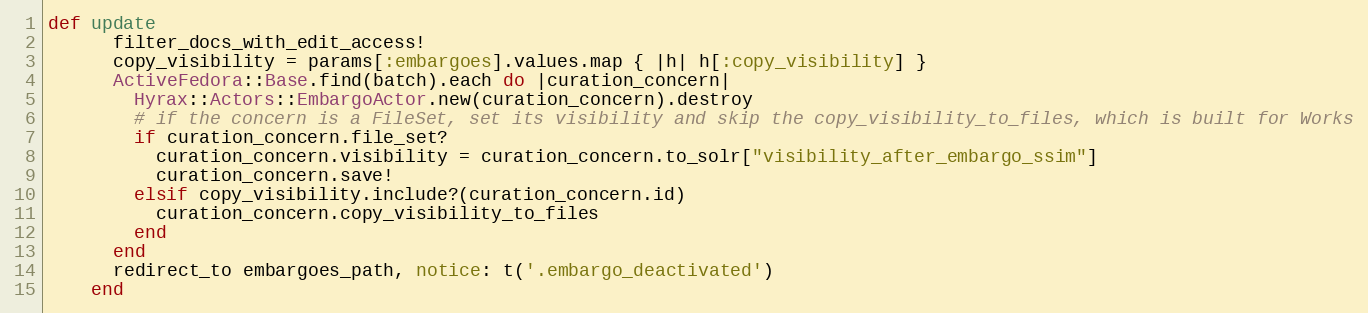
Language: Ruby
def update
      filter_docs_with_edit_access!
      copy_visibility = params[:embargoes].values.map { |h| h[:copy_visibility] }
      ActiveFedora::Base.find(batch).each do |curation_concern|
        Hyrax::Actors::EmbargoActor.new(curation_concern).destroy
        # if the concern is a FileSet, set its visibility and skip the copy_visibility_to_files, which is built for Works
        if curation_concern.file_set?
          curation_concern.visibility = curation_concern.to_solr["visibility_after_embargo_ssim"]
          curation_concern.save!
        elsif copy_visibility.include?(curation_concern.id)
          curation_concern.copy_visibility_to_files
        end
      end
      redirect_to embargoes_path, notice: t('.embargo_deactivated')
    end